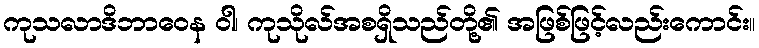
ကုသလာဒိဘာဝေန ဝါ၊ ကုသိုလ်အစရှိသည်တို့၏ အဖြစ်ဖြင့်လည်းကောင်း။